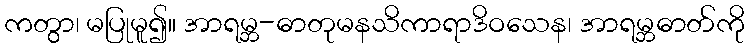
ကတွာ၊ မပြုမူ၍။ အာရမ္ဘ-ဓာတုမနသိကာရာဒိဝသေန၊ အာရမ္ဘဓာတ်ကို